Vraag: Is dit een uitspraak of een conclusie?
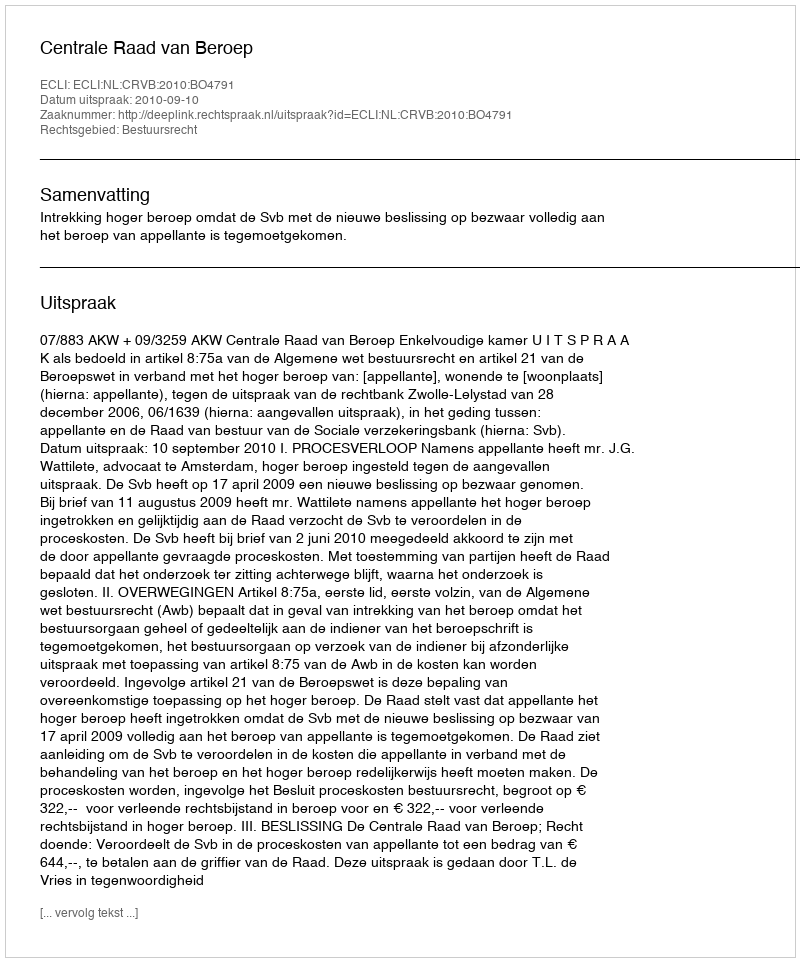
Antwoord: Uitspraak